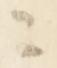
ニ